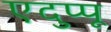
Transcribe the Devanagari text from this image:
एदुप्पू